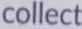
collect